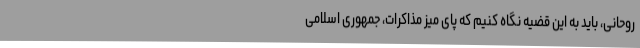
روحانی، باید به این قضیه نگاه کنیم که پای میز مذاکرات، جمهوری اسلامی